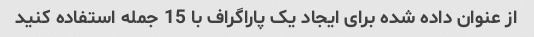
از عنوان داده شده برای ایجاد یک پاراگراف با 15 جمله استفاده کنید